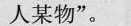
人某物”。